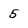
Character: 5